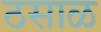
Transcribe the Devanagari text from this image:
ठसाळ